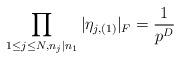
LaTeX: \begin{align*}\prod_{1\leq j\leq N,n_j\mid n_1} \vert \eta_{j,(1)}\vert_F=\frac{1}{p^{D}}\end{align*}